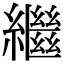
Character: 繼